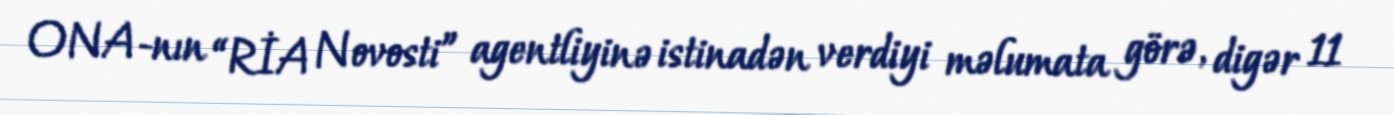
ONA-nın “RİA Novosti” agentliyinə istinadən verdiyi məlumata görə, digər 11